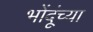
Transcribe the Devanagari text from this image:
भोंदूंच्या